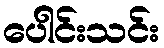
ပေါင်းသင်း